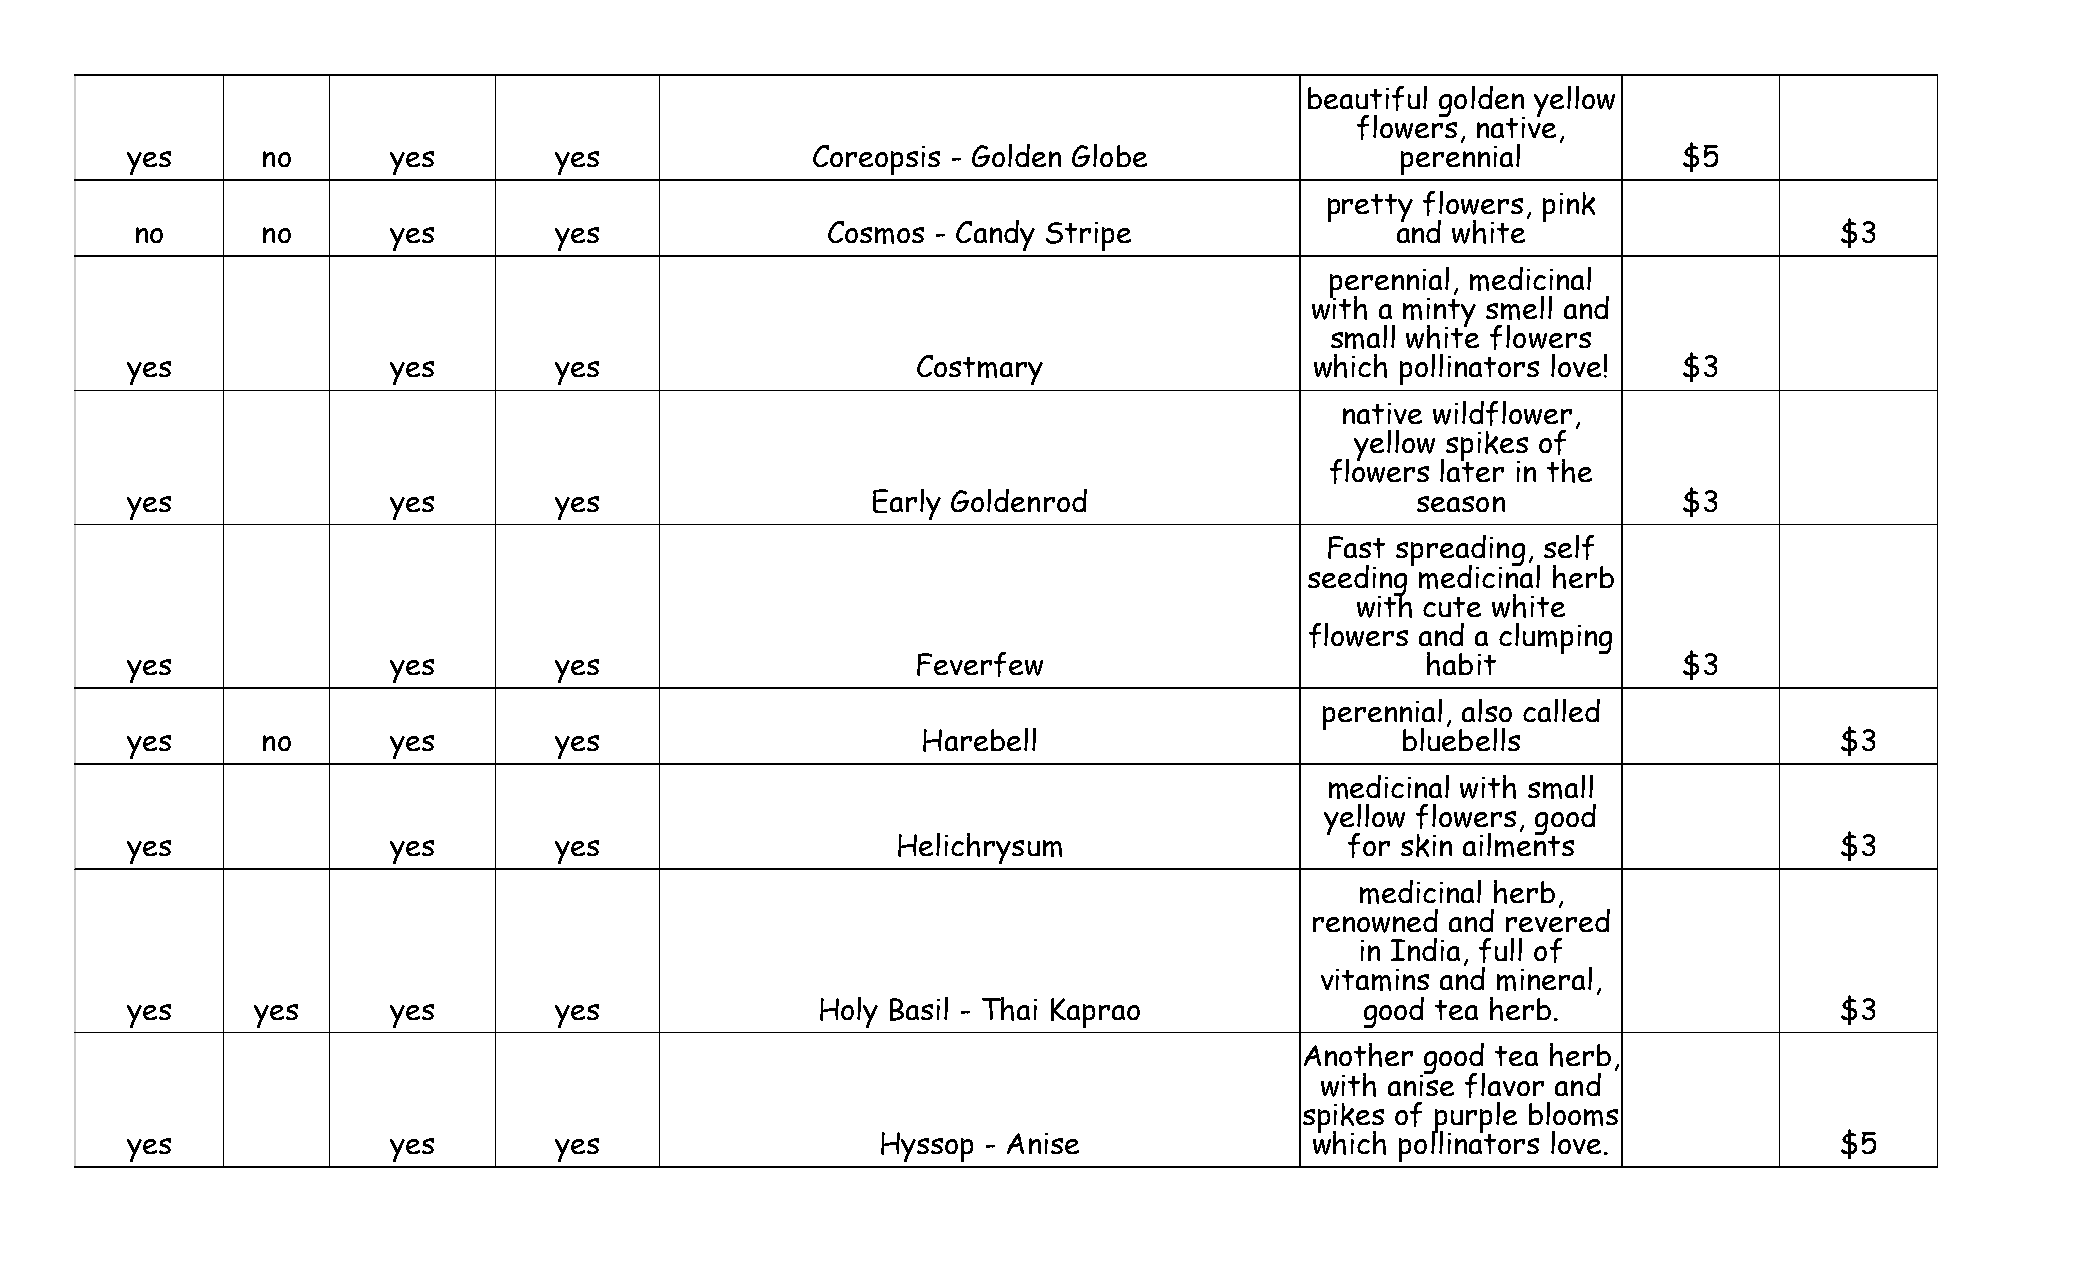
beautiful golden yellow
 flowers, native,
 yes      no       yes        yes              Coreopsis - Golden Globe               perennial         $5
 pretty flowers, pink
 no      no       yes        yes               Cosmos - Candy Stripe                and white                     $3
 perennial, medicinal
 with a minty smell and
 small white flowers
 yes               yes        yes                     Costmary                  which pollinators love! $3
 native wildflower,
 yellow spikes of
 flowers later in the
 yes               yes        yes                  Early Goldenrod                     season           $3
 Fast spreading, self
 seeding medicinal herb
 with cute white
 flowers and a clumping
 yes               yes        yes                     Feverfew                         habit            $3
 perennial, also called
 yes      no       yes        yes                     Harebell                        bluebells                    $3
 medicinal with small
 yellow flowers, good
 yes               yes        yes                   Helichrysum                   for skin ailments                $3
 medicinal herb,
 renowned and revered
 in India, full of
 vitamins and mineral,
 yes      yes      yes        yes              Holy Basil - Thai Kaprao            good tea herb.                  $3
 Another good tea herb,
 with anise flavor and
 spikes of purple blooms
 yes               yes        yes                  Hyssop - Anise               which pollinators love.            $5